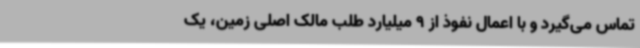
تماس می‌گیرد و با اعمال نفوذ از 9 میلیارد طلب مالک اصلی زمین، یک